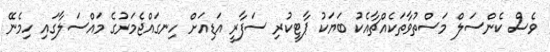
ވެސް ކެންސަލް މަސްތުވާތަކެއްޗާއެކު ބަޔަކު ޕާޓީކުރި ސަފާރީ އަޑިއަށް ހިނގައްޖެމަރުގެ މައްސަލާގައި ހިމެނޭ